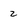
Character: 2